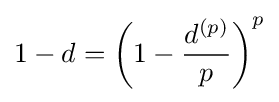
1-d=\left(1-{\frac {d^{(p)}}{p}}\right)^{p}